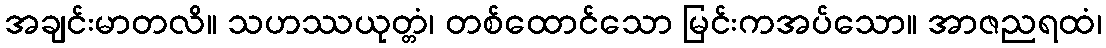
အချင်းမာတလိ။ သဟဿယုတ္တံ၊ တစ်ထောင်သော မြင်းကအပ်သော။ အာဇညရထံ၊